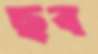
ছব